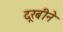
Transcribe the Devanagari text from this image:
दूरबीने